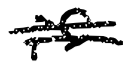
Text: is
Cross-out: double-line
Writing tool: digital_black